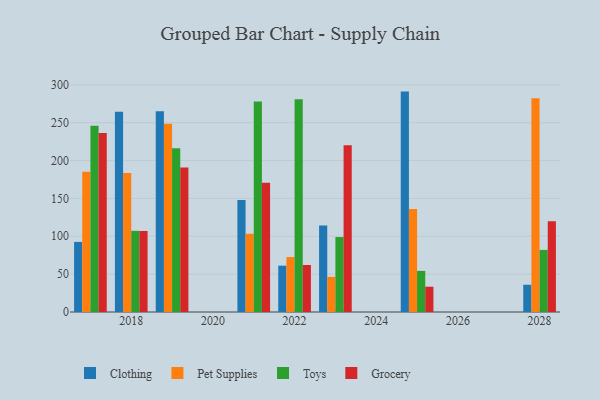
{"axis": {"x": "Year", "y": "Waste Production (Tons)"}, "legend": ["Clothing", "Grocery", "Pet Supplies", "Toys"], "data": [{"x": "2018", "y": 264.4, "type": "Clothing"}, {"x": "2018", "y": 183.5, "type": "Pet Supplies"}, {"x": "2018", "y": 107.2, "type": "Toys"}, {"x": "2018", "y": 107.0, "type": "Grocery"}, {"x": "2017", "y": 92.6, "type": "Clothing"}, {"x": "2017", "y": 185.2, "type": "Pet Supplies"}, {"x": "2017", "y": 246.1, "type": "Toys"}, {"x": "2017", "y": 236.5, "type": "Grocery"}, {"x": "2028", "y": 36.0, "type": "Clothing"}, {"x": "2028", "y": 282.2, "type": "Pet Supplies"}, {"x": "2028", "y": 82.0, "type": "Toys"}, {"x": "2028", "y": 119.8, "type": "Grocery"}, {"x": "2021", "y": 147.8, "type": "Clothing"}, {"x": "2021", "y": 103.3, "type": "Pet Supplies"}, {"x": "2021", "y": 278.1, "type": "Toys"}, {"x": "2021", "y": 170.7, "type": "Grocery"}, {"x": "2019", "y": 265.2, "type": "Clothing"}, {"x": "2019", "y": 248.5, "type": "Pet Supplies"}, {"x": "2019", "y": 216.3, "type": "Toys"}, {"x": "2019", "y": 190.9, "type": "Grocery"}, {"x": "2023", "y": 114.3, "type": "Clothing"}, {"x": "2023", "y": 46.4, "type": "Pet Supplies"}, {"x": "2023", "y": 99.0, "type": "Toys"}, {"x": "2023", "y": 220.3, "type": "Grocery"}, {"x": "2022", "y": 61.2, "type": "Clothing"}, {"x": "2022", "y": 72.6, "type": "Pet Supplies"}, {"x": "2022", "y": 281.1, "type": "Toys"}, {"x": "2022", "y": 62.1, "type": "Grocery"}, {"x": "2025", "y": 291.1, "type": "Clothing"}, {"x": "2025", "y": 136.1, "type": "Pet Supplies"}, {"x": "2025", "y": 54.3, "type": "Toys"}, {"x": "2025", "y": 33.4, "type": "Grocery"}]}